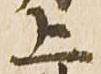
上